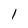
Character: l